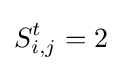
S_{i,j}^{t}=2